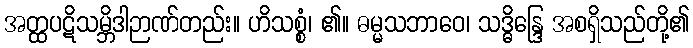
အတ္ထပဋိသမ္ဘိဒါဉာဏ်တည်း။ ဟိသစ္စံ၊ ၏။ ဓမ္မသဘာဝေ၊ သဒ္ဓိန္ဒြေ အစရှိသည်တို့၏